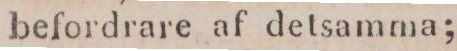
befordrare af detsamma;